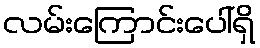
လမ်းကြောင်းပေါ်ရှိ